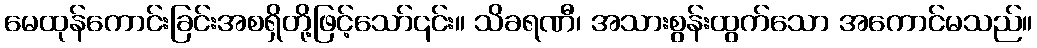
မေထုန်ကောင်းခြင်းအစရှိတို့ဖြင့်သော်၎င်း။ သိခရဏီ၊ အသားစွန်းထွက်သော အကောင်မသည်။